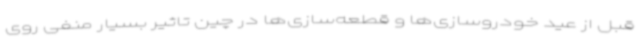
قبل از عید خودروسازی‌ها و قطعه‌سازی‌ها در چین تاثیر بسیار منفی روی